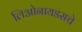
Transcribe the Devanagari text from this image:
लिओनायडसचे